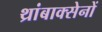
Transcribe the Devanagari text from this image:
थ्रांबाक्सेनों